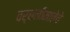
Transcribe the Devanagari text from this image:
वर्धनीमातेचे